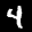
Label: 4